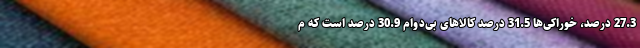
27.3 درصد، خوراکی‌ها 31.5 درصد کالاهای بی‌دوام 30.9 درصد است که م